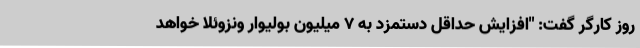
روز کارگر گفت: "افزایش حداقل دستمزد به 7 میلیون بولیوار ونزوئلا خواهد